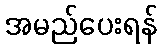
အမည်ပေးရန်